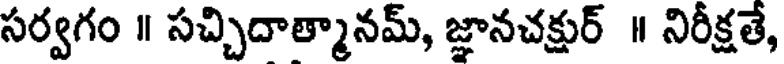
సర్వగం ॥ సచ్చిదాత్మానమ్, జ్ఞానచక్షుర్ ॥ నిరీక్షతే,